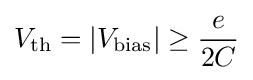
V_{\rm {th}}=\left|V_{\rm {bias}}\right|\geq {\frac {e}{2C}}